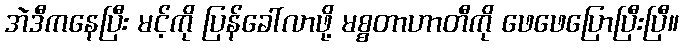
အဲဒီကနေပြီး မင့်ကို ပြန်ခေါ်လာဖို့ မစ္စတာဟာတီကို ဖေဖေပြောပြီးပြီ။